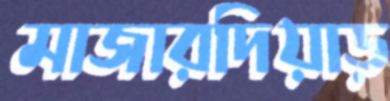
মাজারদিয়াড়